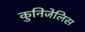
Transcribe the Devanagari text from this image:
कुनिजेलिस